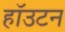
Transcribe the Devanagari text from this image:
हॉउटन